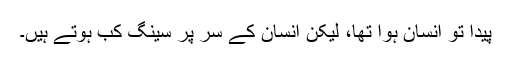
پیدا تو انسان ہوا تھا، لیکن انسان کے سر پر سینگ کب ہوتے ہیں۔